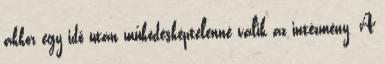
akkor egy idő után működésképtelenné válik az intézmény. A